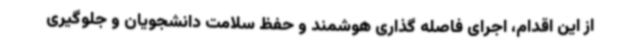
از این اقدام، اجرای فاصله گذاری هوشمند و حفظ سلامت دانشجویان و جلوگیری